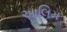
આલિમ